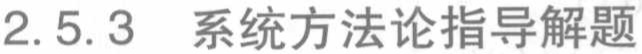
2.5.3 系统方法论指导解题